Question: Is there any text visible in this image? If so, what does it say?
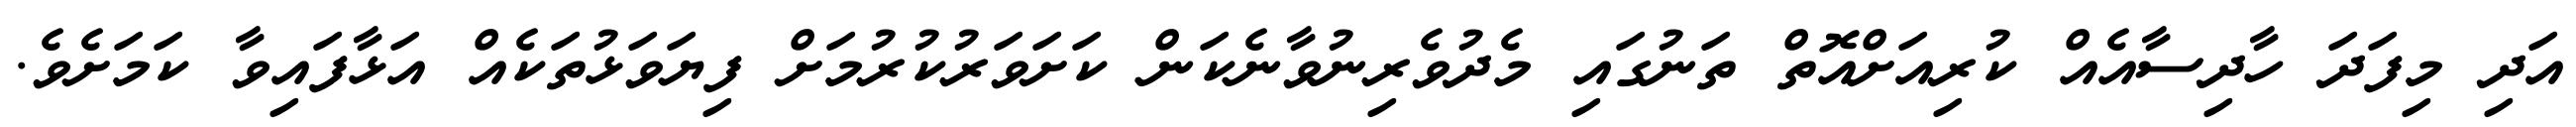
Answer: އަދި މިފަދަ ހާދިސާއެއް ކުރިއަށްއޮތް ތަނުގައި މެދުވެރިނުވާނެކަން ކަށަވަރުކުރުމަށް ފިޔަވަޅުތަކެއް އަޅާފައިވާ ކަމަށެވެ.